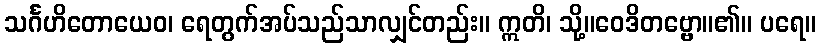
သင်္ဂဟိတောယေဝ၊ ရေတွက်အပ်သည်သာလျှင်တည်း။ ဣတိ၊ သို့။ဝေဒိတဗ္ဗော။၏။ ပရေ။